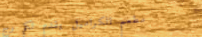
مطعم الكراميل يقدم لكم وج